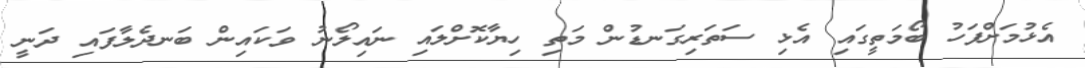
އެޅުމަށްފަހު ބޯމަތީގައި އެޅި ސަތަރިގަނޑުން މަތި ހިޔާކޮށްލައި ނައިލޯނު ވަކައިން ބަނދެލާފައި ދަނީ